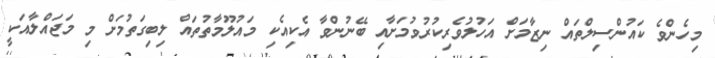
މިހެންވެ ކައުންސިލްތައް ނިޒާމަށް އަހުލުވެރިކުރުވުމަށާއި ބޭނުންވާ އެކިއެކި މައުލޫމާތުތައް ލިބިގަތުމަށް މި މަޖައްލާއަކީ